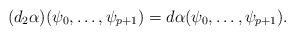
LaTeX: \begin{align*}(d_2\alpha)(\psi_0,\dots,\psi_{p+1})=d \alpha(\psi_0,\dots,\psi_{p+1}).\end{align*}